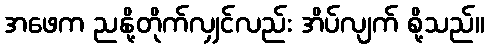
အဖေက ညနို့တိုက်လျှင်လည်း အိပ်လျက် စို့သည်။